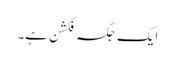
ایک جگہ فکشن ہے۔